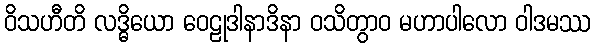
ဝိသဟီတိ လဒ္ဓိယော ဝေဠုဒါနာဒိနာ ဝသိတွာဝ မဟာပါလော ဝါဒမဿ